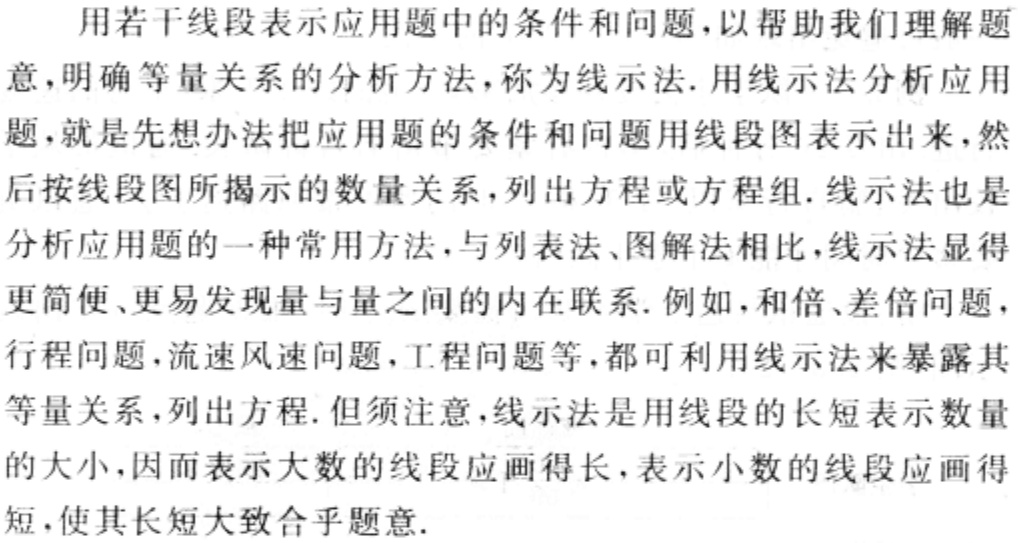
用若干线段表示应用题中的条件和问题，以帮助我们理解题意，明确等量关系的分析方法，称为线示法. 用线示法分析应用题，就是先想办法把应用题的条件和问题用线段图表示出来，然后按线段图所揭示的数量关系，列出方程或方程组. 线示法也是分析应用题的一种常用方法，与列表法、图解法相比，线示法显得更简便、更易发现量与量之间的内在联系. 例如，和倍、差倍问题，行程问题，流速风速问题，工程问题等，都可利用线示法来暴露其等量关系，列出方程. 但须注意，线示法是用线段的长短表示数量的大小，因而表示大数的线段应画得长，表示小数的线段应画得短，使其长短大致合乎题意.